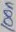
Text: 100n